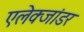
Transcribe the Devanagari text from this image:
एलेक्जांडर